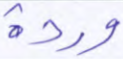
وردة